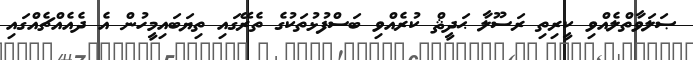
ޞަލަވާތްލެއްވި ކީރިތި ރަސޫލާ ޙަދީޘް ކުރެއްވި ބަސްފުޅުތަކުގެ ތެރޭގައި ތިޔަބައިމީހުން އެ ދެއެއްޗެއްގައި